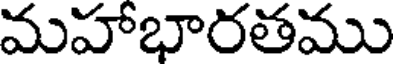
మహాభారతము